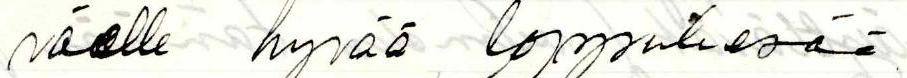
väelle hyvää loppukesää.